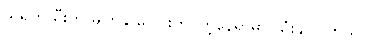
သရက်သီးကို မျက်နှာပေါင်းတင်တဲ့နေရာမှာ သုံးနိုင်ပါတယ်။